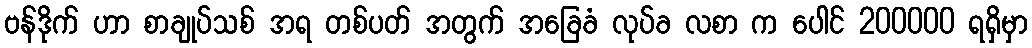
ဗန်ဒိုက် ဟာ စာချုပ်သစ် အရ တစ်ပတ် အတွက် အခြေခံ လုပ်ခ လစာ က ပေါင် 200000 ရရှိမှာ